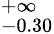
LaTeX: ^{+\infty}_{-0.30}